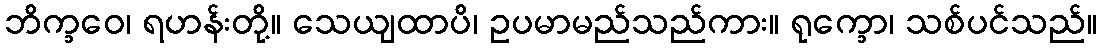
ဘိက္ခဝေ၊ ရဟန်းတို့။ သေယျထာပိ၊ ဥပမာမည်သည်ကား။ ရုက္ခော၊ သစ်ပင်သည်။